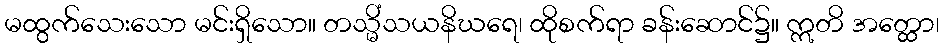
မထွက်သေးသော မင်းရှိသော။ တသ္မိံသယနိဃရေ၊ ထိုစက်ရာ ခန်းဆောင်၌။ ဣတိ အတ္ထော၊